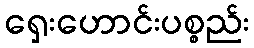
ရှေးဟောင်းပစ္စည်း